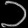
Digit: ၁